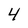
Character: 4